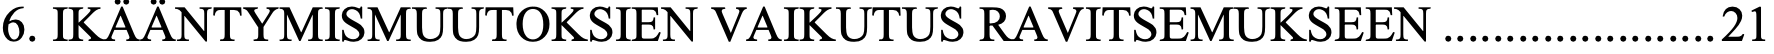
6. IKÄÄNTYMISMUUTOKSIEN VAIKUTUS RAVITSEMUKSEEN ...................... 21